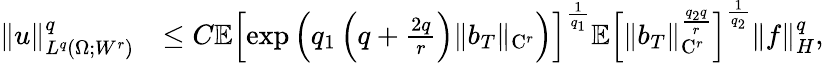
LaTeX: \begin{array}{rl}{\| u\| _{L^{q}(\Omega;W^{r})}^{q}}&{\le C\mathbb{E}\left[\exp\left(q_{1}\left(q+\frac{2q}{r}\right)\| b_{T}\| _{\mathrm{C}^{r}}\right)\right]^{\frac{1}{q_{1}}}\mathbb{E}\left[\| b_{T}\| _{\mathrm{C}^{r}}^{\frac{q_{2}q}{r}}\right]^{\frac{1}{q_{2}}}\| f\| _{H}^{q},}\end{array}